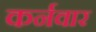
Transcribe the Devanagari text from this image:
कर्नवार